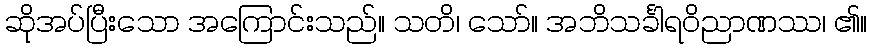
ဆိုအပ်ပြီးသော အကြောင်းသည်။ သတိ၊ သော်။ အဘိသင်္ခါရဝိညာဏဿ၊ ၏။